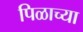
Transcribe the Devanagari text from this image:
पिळाच्या